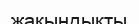
жақындықты